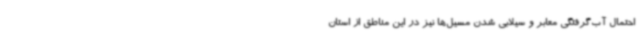
احتمال آب‌گرفتگی معابر و سیلابی شدن مسیل‌ها نیز در این مناطق از استان